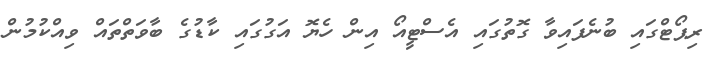
ރިޕޯޓްގައި ބުނެފައިވާ ގޮތުގައި އެސްޓީއޯ އިން ހެޔޮ އަގުގައި ކާޑުގެ ބާވަތްތައް ވިއްކުމުން